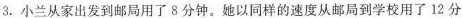
3.小兰从家出发到邮局用了8分钟。她以同样的速度从邮局到学校用了12分